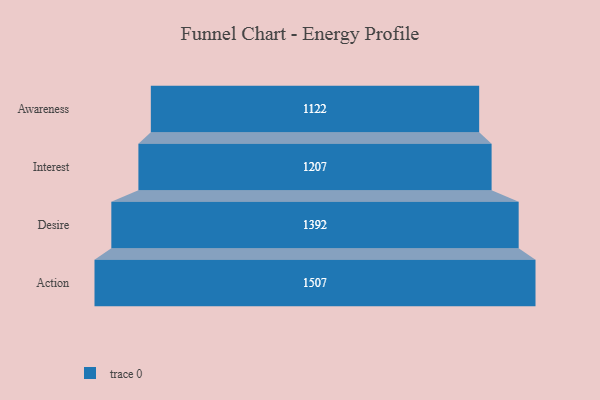
{"axis": {"x": "Stage", "y": "Value"}, "legend": [""], "data": [{"x": "Awareness", "y": 1122.0, "type": ""}, {"x": "Interest", "y": 1207.0, "type": ""}, {"x": "Desire", "y": 1392.0, "type": ""}, {"x": "Action", "y": 1507.0, "type": ""}]}